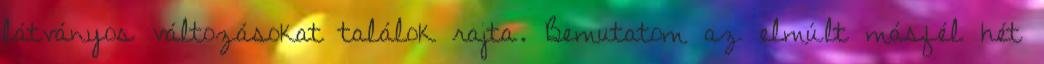
látványos változásokat találok rajta. Bemutatom az elmúlt másfél hét